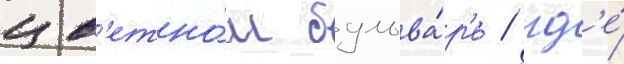
цв'етно́м бульва́р'е / гд'е́